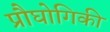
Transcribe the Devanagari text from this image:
प्रौघोगिकी